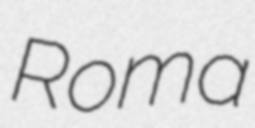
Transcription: Roma